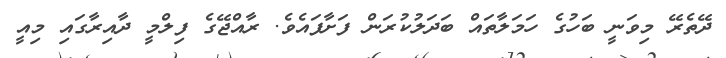
ދޭތެރޭ މިވަނީ ބަހުގެ ހަމަލާތައް ބަދަލުކުރަން ފަށާފައެވެ. ރާއްޖޭގެ ފިލްމީ ދާއިރާގައި މިއީ